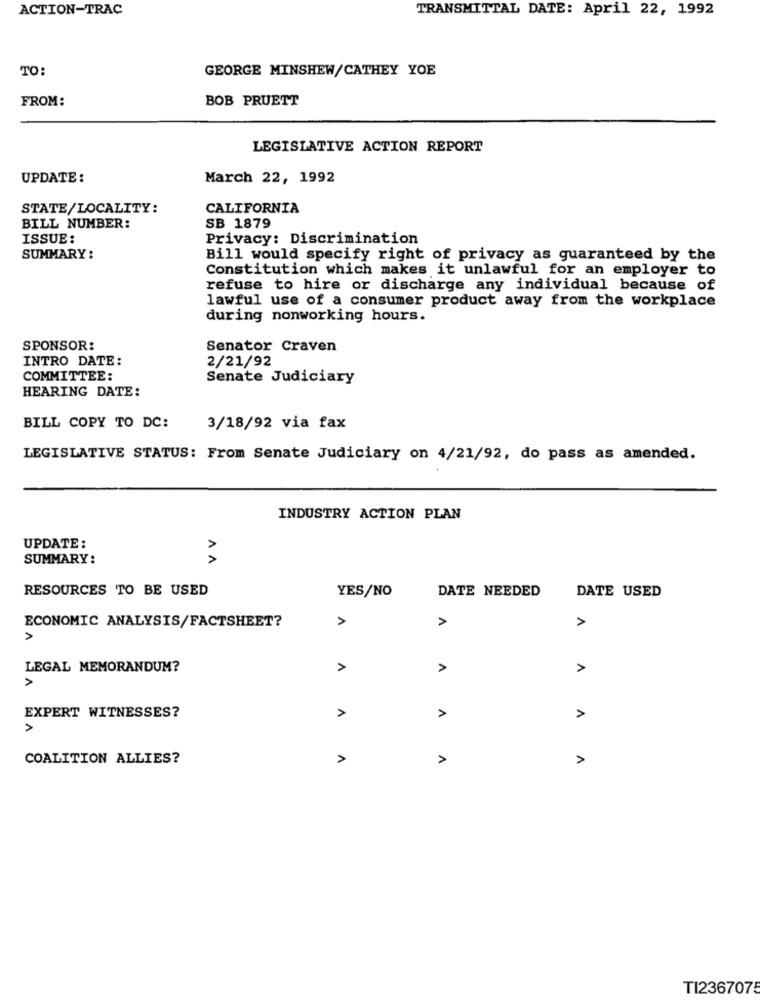
ACTION-TRAC
TRANSMITTAL DATE: April 22, 1992
TO:
GEORGE MINSHEW/CATHEY YOE
FROM:
BOB PRUETT
LEGISLATIVE ACTION REPORT
UPDATE :
March 22, 1992
STATE/LOCALITY:
CALIFORNIA
BILL NUMBER:
SB 1879
ISSUE:
Privacy: Discrimination
SUMMARY:
Bill would specify right of privacy as guaranteed by the
Constitution which makes it unlawful for an employer to
refuse to hire or discharge any individual because of
lawful use of a consumer product away from the workplace
during nonworking hours.
SPONSOR:
Senator Craven
INTRO DATE:
2/21/92
COMMITTEE:
Senate Judiciary
HEARING DATE:
BILL COPY TO DC:
3/18/92 via fax
LEGISLATIVE STATUS: From Senate Judiciary on 4/21/92, do pass as amended.
INDUSTRY ACTION PLAN
UPDATE :
SUMMARY:
AA
RESOURCES TO BE USED
YES/NO
DATE NEEDED
DATE USED
ECONOMIC ANALYSIS/FACTSHEET?
A
>
A
LEGAL MEMORANDUM?
A
>
>
A
>
EXPERT WITNESSES?
A
>
COALITION ALLIES?
A
A
1
TI2367075